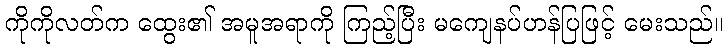
ကိုကိုလတ်က ထွေး၏ အမူအရာကို ကြည့်ပြီး မကျေနပ်ဟန်ပြဖြင့် မေးသည်။